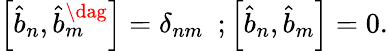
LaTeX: \left[\hat{b}_{n},\hat{b}_{m}^{\dag}\right]=\delta_{nm}\, \, \, ;\left[\hat{b}_{n},\hat{b}_{m}\right]=0.